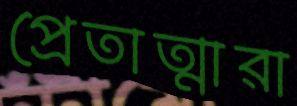
প্রেতাত্মারা